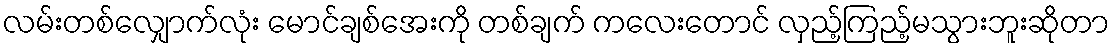
လမ်းတစ်လျှောက်လုံး မောင်ချစ်အေးကို တစ်ချက် ကလေးတောင် လှည့်ကြည့်မသွားဘူးဆိုတာ